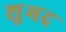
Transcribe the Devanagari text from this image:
शुभद